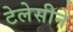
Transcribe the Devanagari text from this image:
टेलेसीने